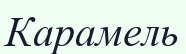
Карамель